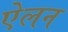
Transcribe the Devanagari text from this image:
एेलन